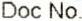
DOC NO.